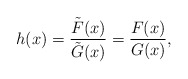
\begin{align*}h(x) = {\tilde F(x)\over \tilde G(x)} = {F(x) \over G (x)},\end{align*}